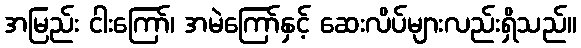
အမြည်း ငါးကြော်၊ အမဲကြော်နှင့် ဆေးလိပ်များလည်းရှိသည်။